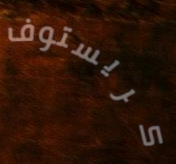
كريستوف